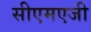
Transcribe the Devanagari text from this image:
सीएमएजी